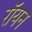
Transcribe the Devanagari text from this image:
रॉयन